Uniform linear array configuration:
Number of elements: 24
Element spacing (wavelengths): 0.25
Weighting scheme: uniform
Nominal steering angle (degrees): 45
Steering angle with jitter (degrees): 46.633
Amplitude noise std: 0.05
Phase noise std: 0.05

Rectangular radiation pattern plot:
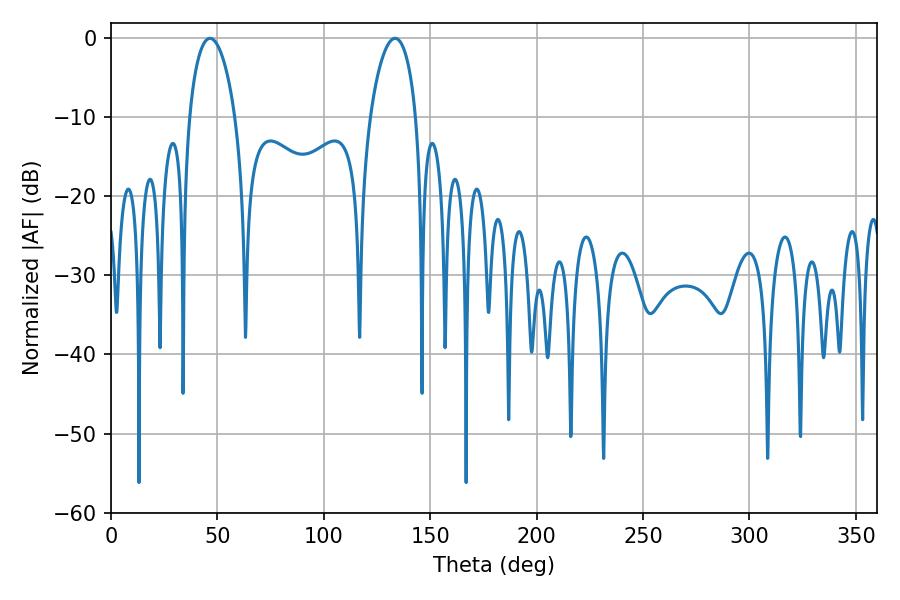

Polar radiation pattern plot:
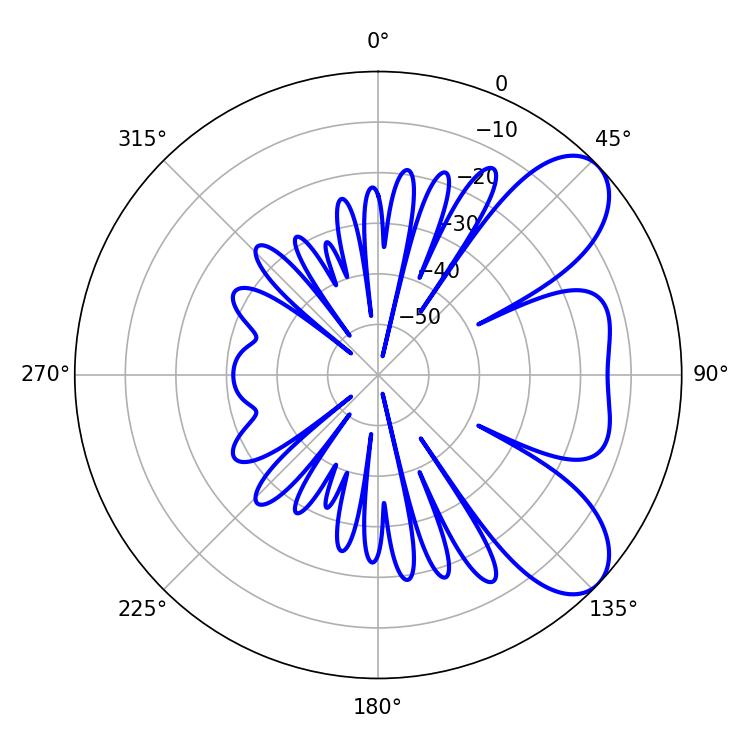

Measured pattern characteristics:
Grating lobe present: FALSE
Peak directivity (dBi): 7.415
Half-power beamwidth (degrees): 12.24
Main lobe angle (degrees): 46.44